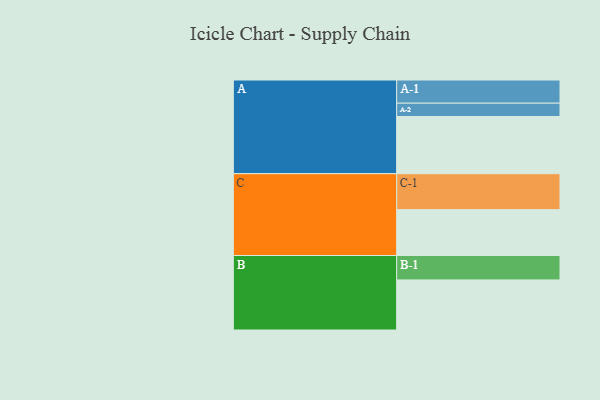
{"axis": {"x": "Segment", "y": "Value"}, "legend": ["", "A", "B", "C"], "data": [{"x": "A", "y": 459, "type": ""}, {"x": "B", "y": 402, "type": ""}, {"x": "C", "y": 368, "type": ""}, {"x": "A-1", "y": 186, "type": "A"}, {"x": "A-2", "y": 107, "type": "A"}, {"x": "B-1", "y": 196, "type": "B"}, {"x": "C-1", "y": 289, "type": "C"}]}